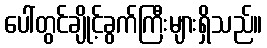
ပေါ်တွင်ချိုင့်ခွက်ကြီးများရှိသည်။